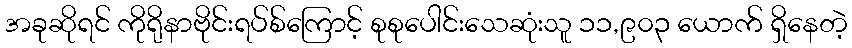
အခုဆိုရင် ကိုရိုနာဗိုင်းရပ်စ်ကြောင့် စုစုပေါင်းသေဆုံးသူ ၁၁,၉၀၃ ယောက် ရှိနေတဲ့